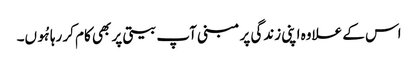
اس کے علاوہ اپنی زندگی پر مبنی آپ بیتی پر بھی کام کر رہا ہُوں۔